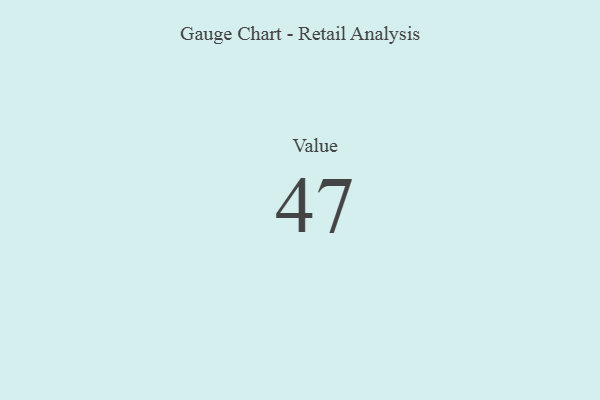
{"axis": {"x": "Metric", "y": "Value"}, "legend": [""], "data": [{"x": "Value", "y": 47, "type": ""}]}